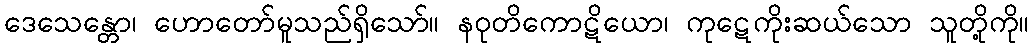
ဒေသေန္တော၊ ဟောတော်မူသည်ရှိသော်။ နဝုတိကောဋိယော၊ ကုဋေကိုးဆယ်သော သူတို့ကို။